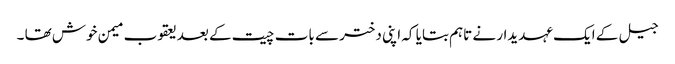
جیل کے ایک عہدیدار نے تاہم بتایا کہ اپنی دختر سے بات چیت کے بعد یعقوب میمن خوش تھا ۔